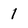
Character: I